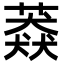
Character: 䔸